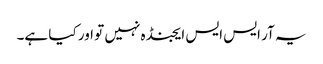
یہ آر ایس ایس ایجنڈہ نہیں تو اور کیا ہے۔